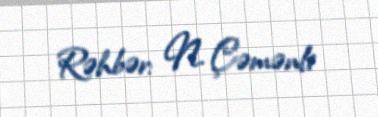
Rəhbər: N. Çəmənli